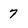
Character: 7